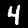
Label: 4